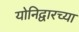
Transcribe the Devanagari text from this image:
योनिद्वारच्या